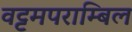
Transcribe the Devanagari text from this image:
वट्टमपराम्बिल